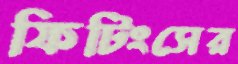
ফিটিংসের